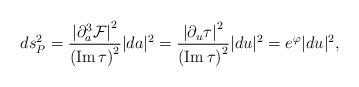
LaTeX: \begin{align*}ds_P^2={\left|{\partial^3_a{\cal F}}\right|^2\over\left({\rm Im}\, \tau\right)^2}|da|^2={\left|\partial_u \tau\right|^2\over\left({\rm Im}\,\tau\right)^2}|du|^2=e^{\varphi} |du|^2,\end{align*}